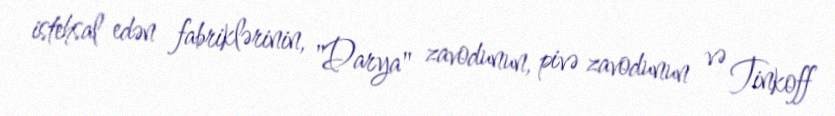
istehsal edən fabriklərinin, "Darya" zavodunun, pivə zavodunun və Tinkoff